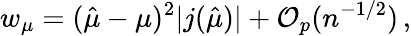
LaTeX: w_{\mu}=(\hat{\mu}-\mu)^{2}|j(\hat{\mu})|+\mathcal{O}_{p}(n^{-1/2})\, ,